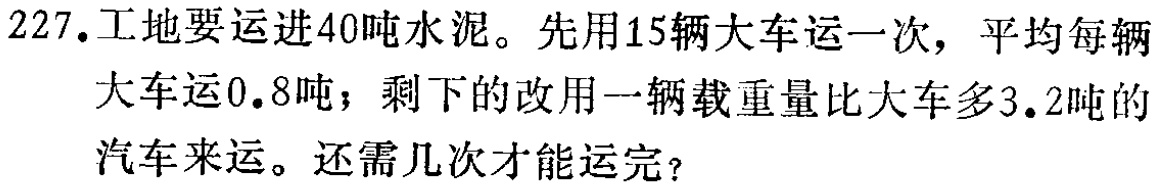
227. 工地要运进40吨水泥。先用15辆大车运一次，平均每辆大车运0.8吨；剩下的改用一辆载重量比大车多3.2吨的汽车来运。还需几次才能运完？